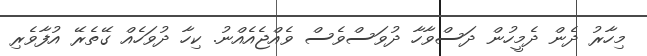
މިހާރު ދެން ދެމީހުން ދަސްވާހާ ދުވަސްވެސް ވެއްޖެއެއްނު. ކިހާ ދުވަހެއް ގޭތެރޭ އުފާވެރި